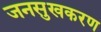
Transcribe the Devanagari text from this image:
जनसुखकरण